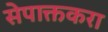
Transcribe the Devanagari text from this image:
सेपाक्तकरा